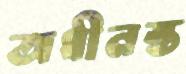
অধীনস্ত